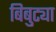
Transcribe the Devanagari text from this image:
बिबुट्या